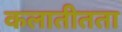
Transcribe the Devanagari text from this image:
कलातीतता